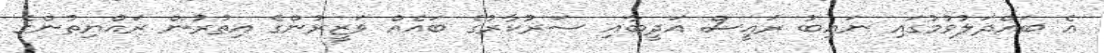
އެ ބައްދަލުވުމުގައި ނައިބު ރައީސް އަދީބާއި ސަރުކާރުގެ ބައެއް ވަޒީރުންގެ އިތުރުން ރައްޔިތުންގެ